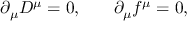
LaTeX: \partial _ { \mu } D ^ { \mu } = 0 , \, \, \, \, \, \, \, \, \, \, \, \partial _ { \mu } f ^ { \mu } = 0 ,